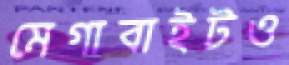
মেগাবাইটও